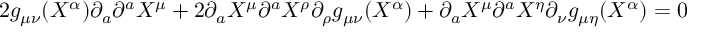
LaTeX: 2 g _ { \mu \nu } ( X ^ { \alpha } ) \partial _ { a } \partial ^ { a } X ^ { \mu } + 2 \partial _ { a } X ^ { \mu } \partial ^ { a } X ^ { \rho } \partial _ { \rho } g _ { \mu \nu } ( X ^ { \alpha } ) + \partial _ { a } X ^ { \mu } \partial ^ { a } X ^ { \eta } \partial _ { \nu } g _ { \mu \eta } ( X ^ { \alpha } ) = 0